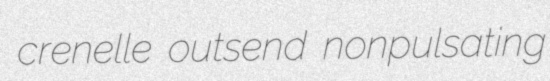
crenelle outsend nonpulsating